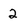
Character: 2